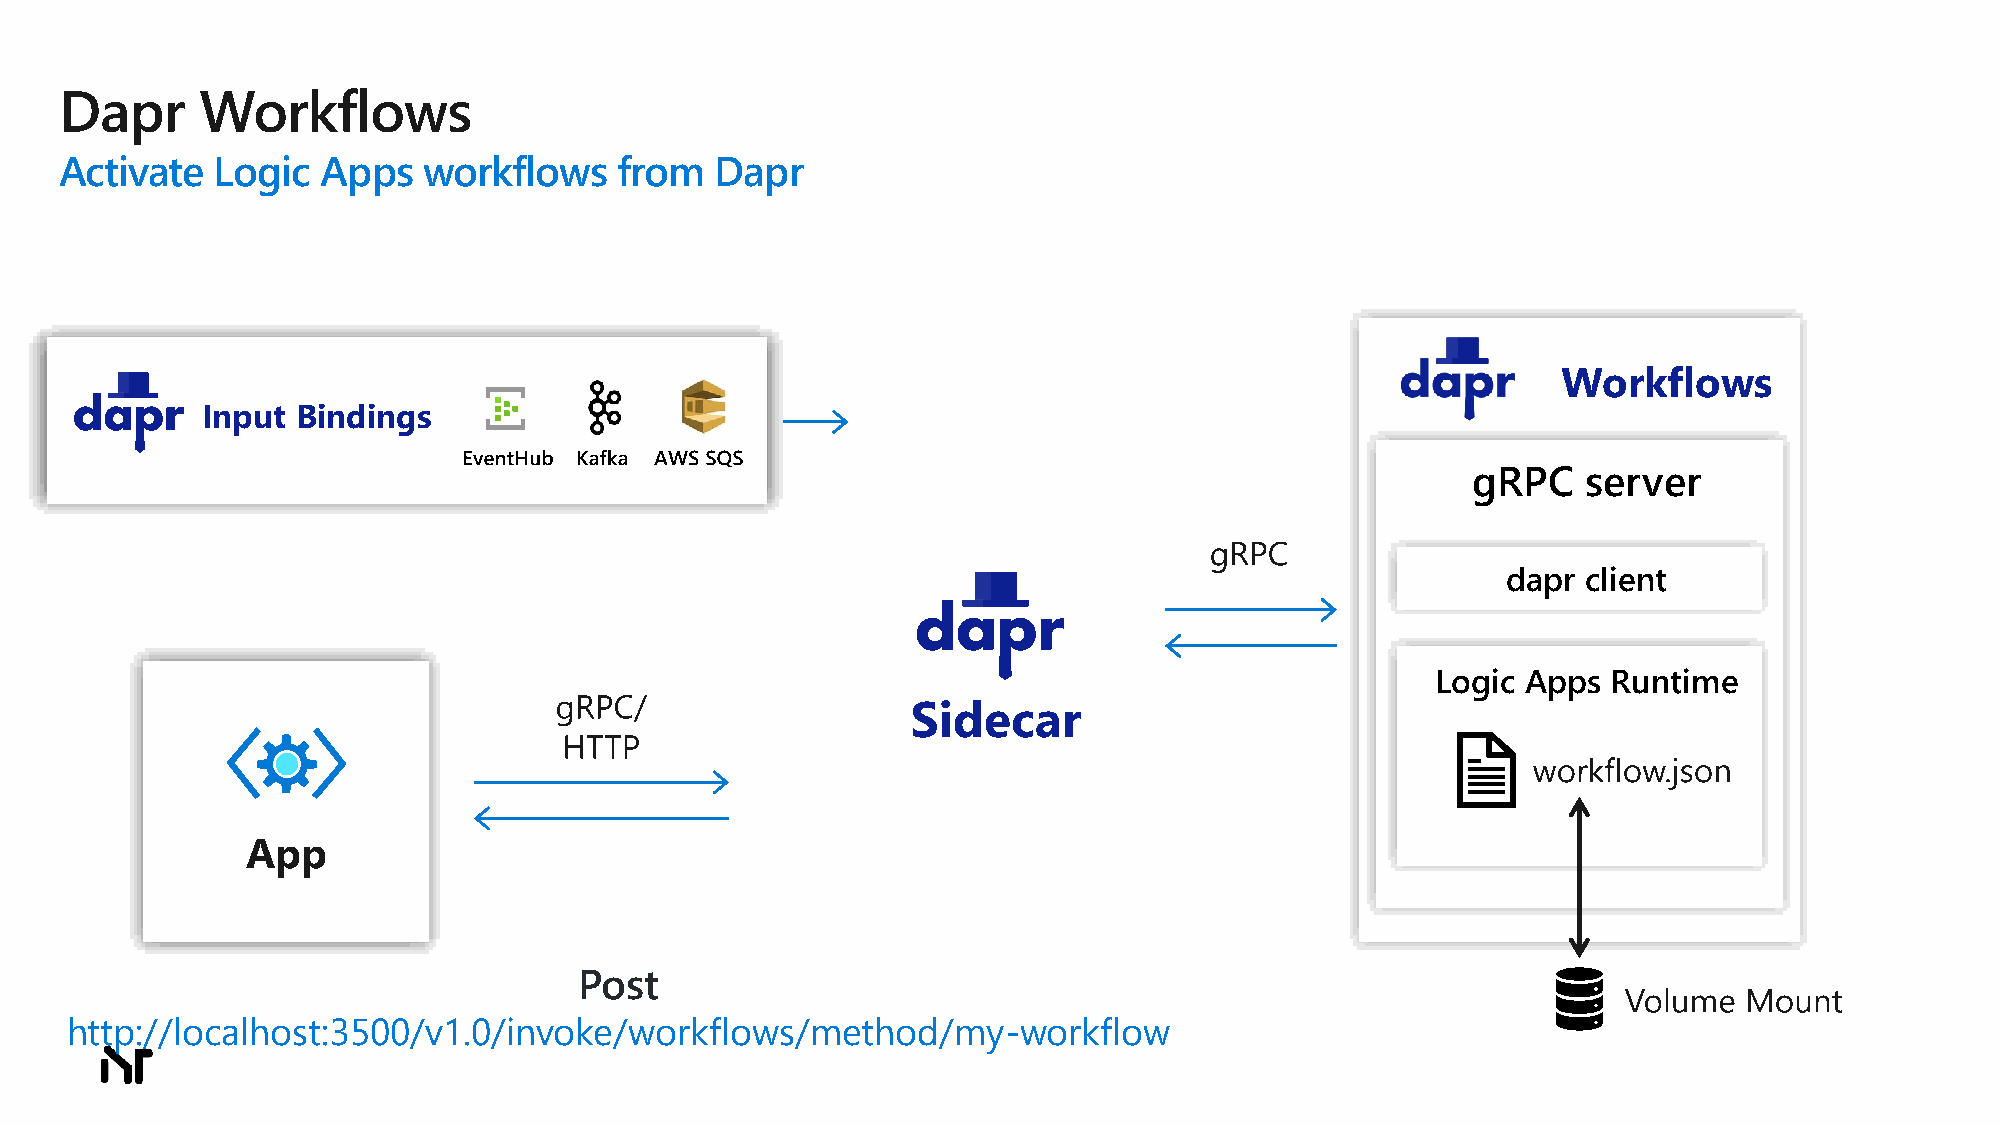
Dapr     Workflows
 Activate  Logic  Apps   workflows    from  Dapr
 Workflows
 Input  Bindings
 gRPC    server
 dapr client
 Logic Apps  Runtime
 Sidecar
 App
 Post
 http://localhost:3500/v1.0/invoke/workflows/method/my-workflow